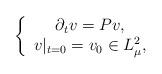
LaTeX: \begin{align*}\left\lbrace\begin{array}{c}\partial_tv=Pv,\\v|_{t=0}=v_0 \in L^2_{\mu},\end{array}\right.\end{align*}